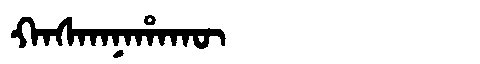
Manchu: ᡴᠠᠰᡴᠠᠨᠠᡥᠠᡴᡡ
Romanization: KASKANAHAKŪ